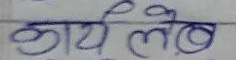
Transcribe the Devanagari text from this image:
कार्यालय